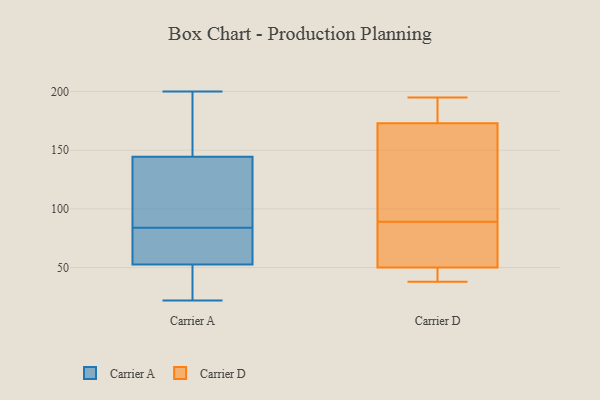
{"axis": {"x": "Conversion Rate (%)", "y": "Value"}, "legend": ["Carrier A", "Carrier D"], "data": [{"x": "", "y": 57, "type": "Carrier A"}, {"x": "", "y": 48, "type": "Carrier A"}, {"x": "", "y": 97, "type": "Carrier A"}, {"x": "", "y": 200, "type": "Carrier A"}, {"x": "", "y": 129, "type": "Carrier A"}, {"x": "", "y": 27, "type": "Carrier A"}, {"x": "", "y": 176, "type": "Carrier A"}, {"x": "", "y": 64, "type": "Carrier A"}, {"x": "", "y": 22, "type": "Carrier A"}, {"x": "", "y": 83, "type": "Carrier A"}, {"x": "", "y": 85, "type": "Carrier A"}, {"x": "", "y": 160, "type": "Carrier A"}, {"x": "", "y": 87, "type": "Carrier D"}, {"x": "", "y": 173, "type": "Carrier D"}, {"x": "", "y": 187, "type": "Carrier D"}, {"x": "", "y": 49, "type": "Carrier D"}, {"x": "", "y": 48, "type": "Carrier D"}, {"x": "", "y": 74, "type": "Carrier D"}, {"x": "", "y": 38, "type": "Carrier D"}, {"x": "", "y": 91, "type": "Carrier D"}, {"x": "", "y": 195, "type": "Carrier D"}, {"x": "", "y": 50, "type": "Carrier D"}, {"x": "", "y": 94, "type": "Carrier D"}, {"x": "", "y": 127, "type": "Carrier D"}, {"x": "", "y": 55, "type": "Carrier D"}, {"x": "", "y": 183, "type": "Carrier D"}]}